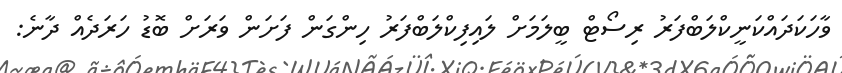
ވާހަކަދައްކަނީކްލަބްފަރު ރިސޯޓް ބީލަމަށް ލައިފިކްލަބްފަރު ހިންގަން ފަށަން ވަރަށް ބޮޑު ހަރަދެއް ދާނެ: